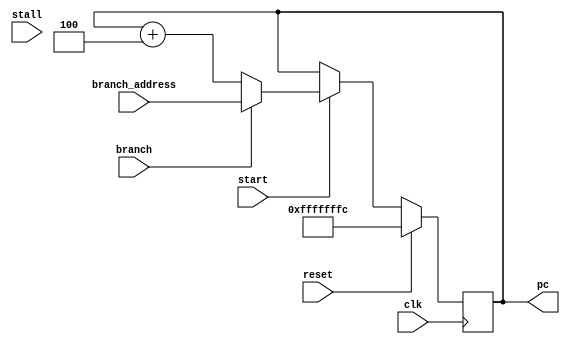
//`include "IFstage.v"

module pc_register(
    output reg [31:0] pc,
    input start, branch,
    input[31:0] branch_address,
    input clk,
    input reset,
    input stall
   // input[4:0] stall_code 
    );
    //reg[31:0] pc_final_out;
    /*always@(*) begin
        pc_final_out = pc;
    end*/
    //reg reset;
   //   reg[31:0] instr;
   //   wire[31:0] inst_to_decode, pc_to_ID,addr_to_ROM,rd_en;
     

   //   IFstage IF(.reset(reset),.inst_from_ROM(instr),.pc_into_IF(pc), .branch(branch),
   //  ,.inst_to_decode(inst_to_decode),.pc_to_ID(pc_to_ID),.addr_to_ROM(addr_to_ROM));
   //  initial 
   //  begin
   //    instr = 32'hABCD;
   //   end
   //  initial begin
   //    pc = $random;  // for testing purpose
   //  end
    always@(posedge clk) begin
      if (reset) begin
         pc<=-4;
      end 
      else
         begin
          if(start) begin
             if(~branch) 
                pc <= pc + 4;
             else if(branch) 
                pc <= branch_address;   
            /* else if (stall_code[2] == 1)
                pc <= pc; */
             end
         end    
       end
    
endmodule